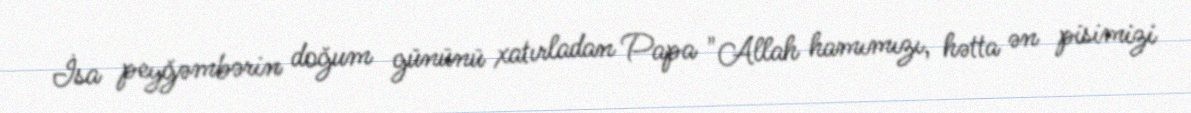
İsa peyğəmbərin doğum gününü xatırladan Papa "Allah hamımızı, hətta ən pisimizi